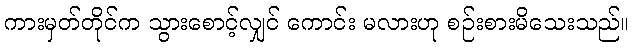
ကားမှတ်တိုင်က သွားစောင့်လျှင် ကောင်း မလားဟု စဉ်းစားမိသေးသည်။